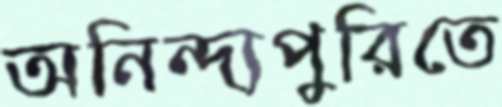
অনিন্দ্যপুরিতে